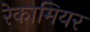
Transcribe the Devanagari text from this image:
रेकामियर